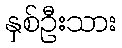
နှစ်ဦးသား